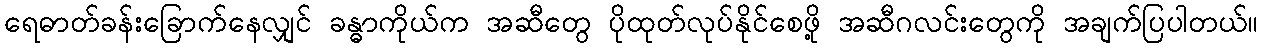
ရေဓာတ်ခန်းခြောက်နေလျှင် ခန္ဓာကိုယ်က အဆီတွေ ပိုထုတ်လုပ်နိုင်စေဖို့ အဆီဂလင်းတွေကို အချက်ပြပါတယ်။